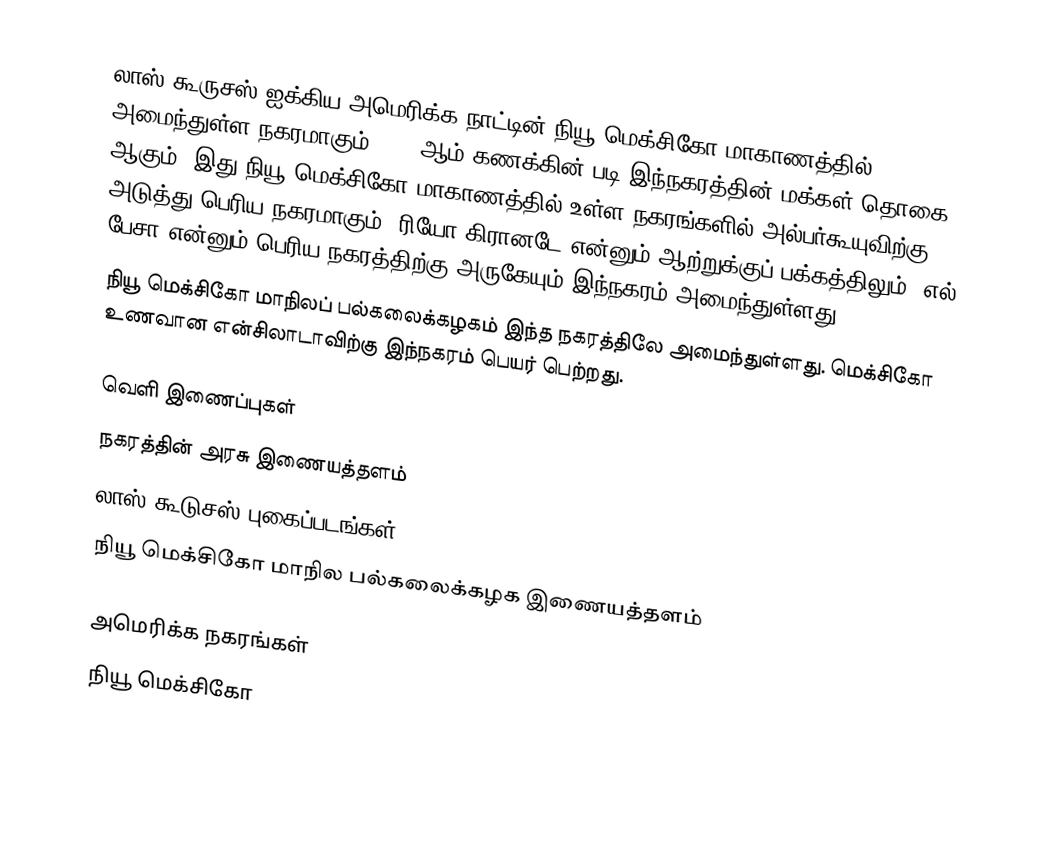
லாஸ் கூருசஸ் ஐக்கிய அமெரிக்க நாட்டின் நியூ மெக்சிகோ மாகாணத்தில் அமைந்துள்ள நகரமாகும். 2006ஆம் கணக்கின் படி இந்நகரத்தின் மக்கள் தொகை 86,268 ஆகும். இது நியூ மெக்சிகோ மாகாணத்தில் உள்ள நகரங்களில் அல்பர்கூயுவிற்கு அடுத்து பெரிய நகரமாகும். ரியோ கிரானடே என்னும் ஆற்றுக்குப் பக்கத்திலும், எல் பேசா என்னும் பெரிய நகரத்திற்கு அருகேயும் இந்நகரம் அமைந்துள்ளது.
நியூ மெக்சிகோ மாநிலப் பல்கலைக்கழகம் இந்த நகரத்திலே அமைந்துள்ளது. மெக்சிகோ உணவான என்சிலாடாவிற்கு இந்நகரம் பெயர் பெற்றது.

வெளி இணைப்புகள்
 நகரத்தின் அரசு இணையத்தளம்
 லாஸ் கூடுசஸ் புகைப்படங்கள்
 நியூ மெக்சிகோ மாநில பல்கலைக்கழக இணையத்தளம்

அமெரிக்க நகரங்கள்
நியூ மெக்சிகோ